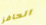
الحافز